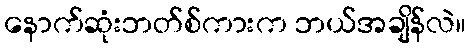
နောက်ဆုံးဘတ်စ်ကားက ဘယ်အချိန်လဲ။